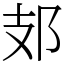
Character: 𨙸